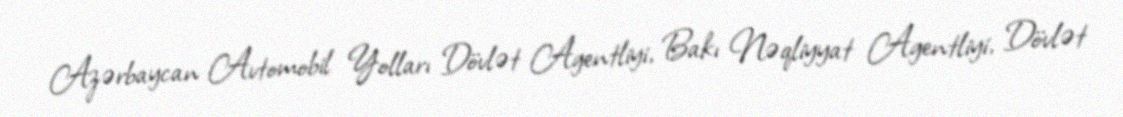
Azərbaycan Avtomobil Yolları Dövlət Agentliyi, Bakı Nəqliyyat Agentliyi, Dövlət